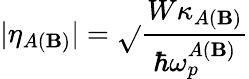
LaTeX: |\eta_{A(\mathbf{B})}|=\sqrt{}{{\frac{{W\kappa_{A(\mathbf{B})}}}{{\hbar\omega_{p}^{A(\mathbf{B})}}}}}